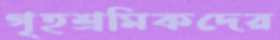
গৃহশ্রমিকদের